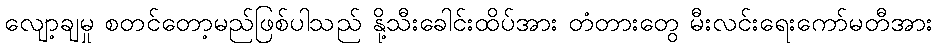
လျော့ချမှု စတင်တော့မည်ဖြစ်ပါသည် နို့သီးခေါင်းထိပ်အား တံတားတွေ မီးလင်းရေးကော်မတီအား